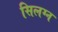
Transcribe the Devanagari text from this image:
सिलग्न